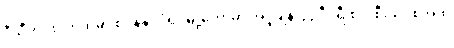
ဒီသီတင်းပတ်ထဲမှာ စပိန်နိုင်ငံရဲ့ မြို့တော်မှာ အပူချိန် ၄၄ ဒီဂရီ စဲလ်စီးယပ်စ်အထိ